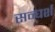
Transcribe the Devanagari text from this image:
सन्घर्श